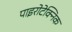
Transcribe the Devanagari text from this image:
पाइरोटेक्निक